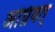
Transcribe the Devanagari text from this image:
अग्निवत्